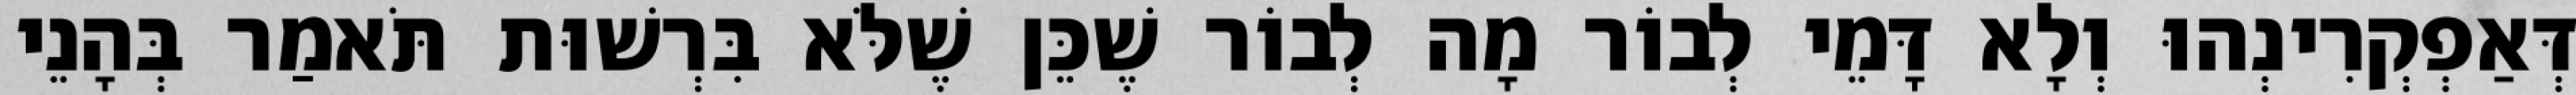
דְּאַפְקְרִינְהוּ וְלָא דָּמֵי לְבוֹר מָה לְבוֹר שֶׁכֵּן שֶׁלֹּא בִּרְשׁוּת תֹּאמַר בְּהָנֵי